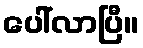
ပေါ်လာပြီ။